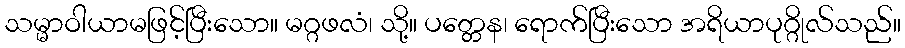
သမ္မာဝါယာမဖြင့်ပြီးသော။ မဂ္ဂဖလံ၊ သို့။ ပတ္တေန၊ ရောက်ပြီးသော အရိယာပုဂ္ဂိုလ်သည်။